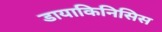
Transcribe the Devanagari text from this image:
डायाकिनिसिस